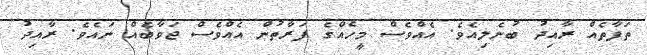
ތަފާތެއް ރާއިދު ބުނެލިއެވެ. އެއްވެސް މީހެއްގެ ފަރާތުން އެއްވެސް ޖަވާބެއް ނައެވެ. ރާއިދު